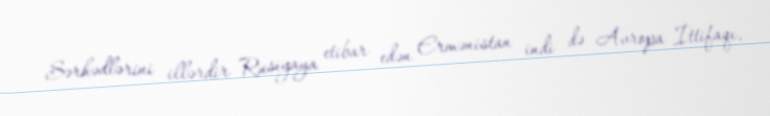
Sərhədlərini illərdir Rusiyaya etibar edən Ermənistan indi də Avropa İttifaqı,